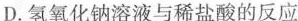
D.氢氧化钠溶液与稀盐酸的反应